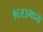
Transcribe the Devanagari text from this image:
१६९३मध्ये